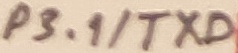
Text: P3.1/TXD